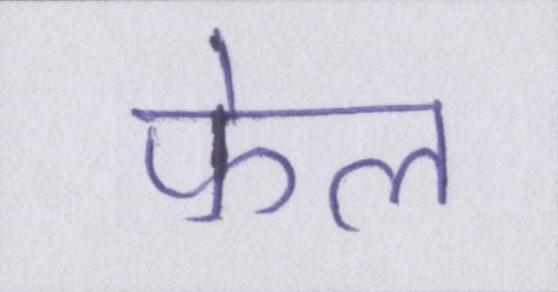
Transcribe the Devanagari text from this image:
फेल